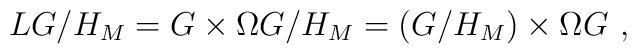
LG/H_{M}=G\times \Omega G/H_{M}=(G/H_{M})\times \Omega G\, \, ,